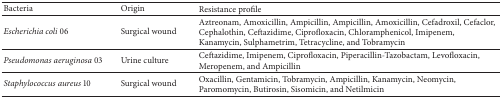
<table><thead><tr><td><b>Bacteria</b></td><td><b>Origin</b></td><td><b>Resistance profile</b></td></tr></thead><tbody><tr><td><i>Escherichia coli</i> 06</td><td>Surgical wound</td><td>Aztreonam, Amoxicillin, Ampicillin, Ampicillin, Amoxicillin, Cefadroxil, Cefaclor, Cephalothin, Ceftazidime, Ciprofloxacin, Chloramphenicol, Imipenem, Kanamycin, Sulphametrim, Tetracycline, and Tobramycin</td></tr><tr><td><i>Pseudomonas aeruginosa</i> 03</td><td>Urine culture</td><td>Ceftazidime, Imipenem, Ciprofloxacin, Piperacillin-Tazobactam, Levofloxacin, Meropenem, and Ampicillin</td></tr><tr><td><i>Staphylococcus aureus</i> 10</td><td>Surgical wound</td><td>Oxacillin, Gentamicin, Tobramycin, Ampicillin, Kanamycin, Neomycin, Paromomycin, Butirosin, Sisomicin, and Netilmicin</td></tr></tbody></table>